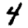
Digit: 4